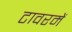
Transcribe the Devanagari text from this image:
टावरमें